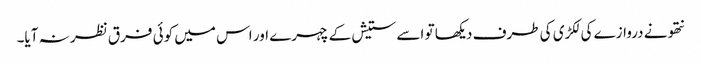
نتھو نے دروازے کی لکڑی کی طرف دیکھا تو اسے ستیش کے چہرے اور اس میں کوئی فرق نظر نہ آیا۔